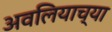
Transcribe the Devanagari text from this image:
अवलियाच्या